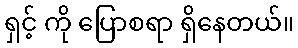
ရှင့် ကို ပြောစရာ ရှိနေတယ်။